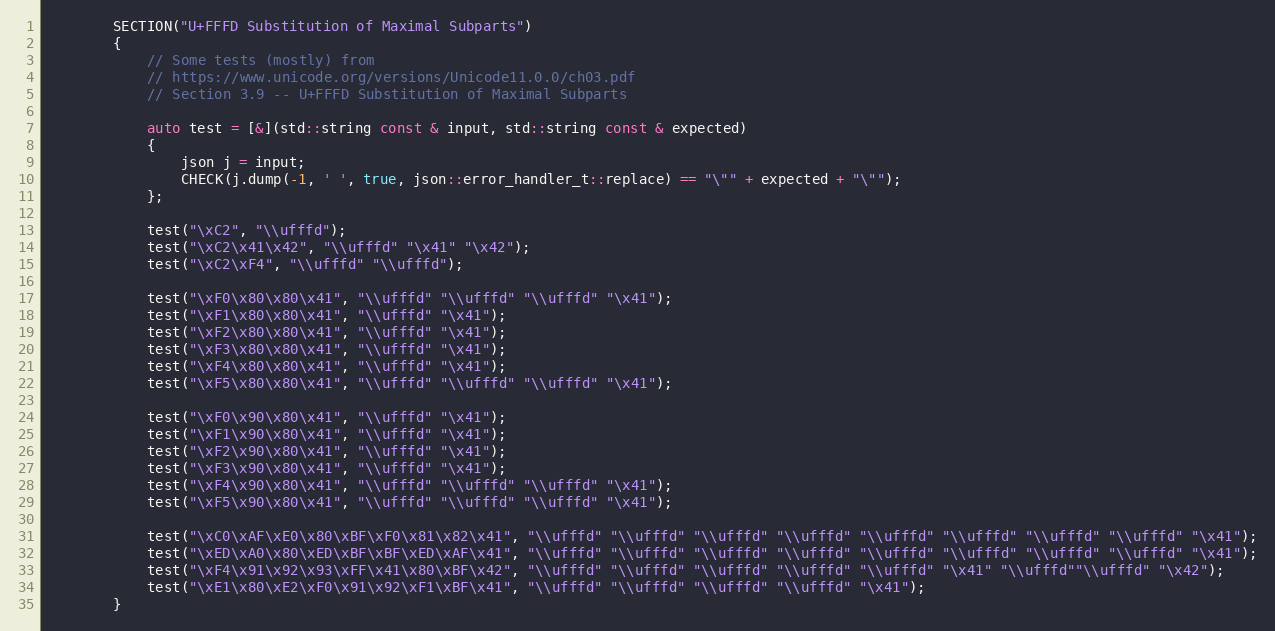
Language: C++
        SECTION("U+FFFD Substitution of Maximal Subparts")
        {
            // Some tests (mostly) from
            // https://www.unicode.org/versions/Unicode11.0.0/ch03.pdf
            // Section 3.9 -- U+FFFD Substitution of Maximal Subparts

            auto test = [&](std::string const & input, std::string const & expected)
            {
                json j = input;
                CHECK(j.dump(-1, ' ', true, json::error_handler_t::replace) == "\"" + expected + "\"");
            };

            test("\xC2", "\\ufffd");
            test("\xC2\x41\x42", "\\ufffd" "\x41" "\x42");
            test("\xC2\xF4", "\\ufffd" "\\ufffd");

            test("\xF0\x80\x80\x41", "\\ufffd" "\\ufffd" "\\ufffd" "\x41");
            test("\xF1\x80\x80\x41", "\\ufffd" "\x41");
            test("\xF2\x80\x80\x41", "\\ufffd" "\x41");
            test("\xF3\x80\x80\x41", "\\ufffd" "\x41");
            test("\xF4\x80\x80\x41", "\\ufffd" "\x41");
            test("\xF5\x80\x80\x41", "\\ufffd" "\\ufffd" "\\ufffd" "\x41");

            test("\xF0\x90\x80\x41", "\\ufffd" "\x41");
            test("\xF1\x90\x80\x41", "\\ufffd" "\x41");
            test("\xF2\x90\x80\x41", "\\ufffd" "\x41");
            test("\xF3\x90\x80\x41", "\\ufffd" "\x41");
            test("\xF4\x90\x80\x41", "\\ufffd" "\\ufffd" "\\ufffd" "\x41");
            test("\xF5\x90\x80\x41", "\\ufffd" "\\ufffd" "\\ufffd" "\x41");

            test("\xC0\xAF\xE0\x80\xBF\xF0\x81\x82\x41", "\\ufffd" "\\ufffd" "\\ufffd" "\\ufffd" "\\ufffd" "\\ufffd" "\\ufffd" "\\ufffd" "\x41");
            test("\xED\xA0\x80\xED\xBF\xBF\xED\xAF\x41", "\\ufffd" "\\ufffd" "\\ufffd" "\\ufffd" "\\ufffd" "\\ufffd" "\\ufffd" "\\ufffd" "\x41");
            test("\xF4\x91\x92\x93\xFF\x41\x80\xBF\x42", "\\ufffd" "\\ufffd" "\\ufffd" "\\ufffd" "\\ufffd" "\x41" "\\ufffd""\\ufffd" "\x42");
            test("\xE1\x80\xE2\xF0\x91\x92\xF1\xBF\x41", "\\ufffd" "\\ufffd" "\\ufffd" "\\ufffd" "\x41");
        }